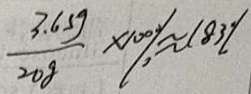
\frac { 3 . 6 5 g } { 2 0 g } \times 1 0 0 \% \approx 1 8 3 \%